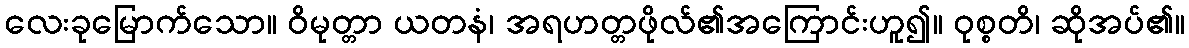
လေးခုမြောက်သော။ ဝိမုတ္တာ ယတနံ၊ အရဟတ္တဖိုလ်၏အကြောင်းဟူ၍။ ဝုစ္စတိ၊ ဆိုအပ်၏။